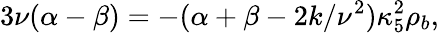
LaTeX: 3\nu(\alpha-\beta)=-(\alpha+\beta-2k/\nu^{2})\kappa_{5}^{2}\rho_{b},